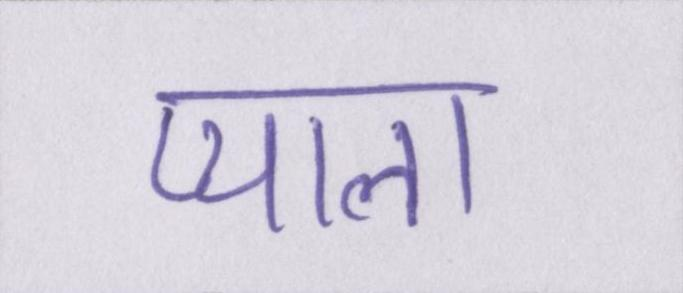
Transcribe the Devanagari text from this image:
प्याला